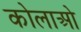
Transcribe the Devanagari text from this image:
कोलाओ